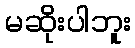
မဆိုးပါဘူး